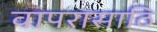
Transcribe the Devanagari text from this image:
वापरासाठि